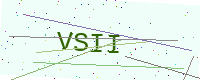
Text: VSII